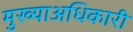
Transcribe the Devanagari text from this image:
मुख्याअधिकारी